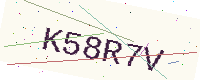
Text: K58R7V